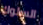
السلوك